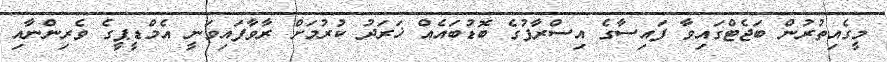
މީގެއިތުރުން ބަޖެޓްގައިވާ ފައިސާގެ އިސްރާފުގެ ބޮޑުބައެއް ޚަރަދު ކުރުމަށް ރާވާފައިވަނީ އެމްޑީޕީގެ ވެރިންނާއި